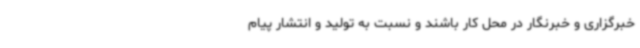
خبرگزاری و خبرنگار در محل کار باشند و نسبت به تولید و انتشار پیام